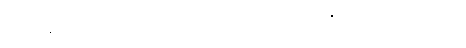
ကြားချေလော။ ပက္ခိမ၊ အတောင်ရှိသော။ ဥက္ကုသရာဇ၊ ဝန်လိုငှက်မင်း။ တွံ၊